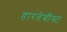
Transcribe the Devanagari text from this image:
हारतेबीस्ट